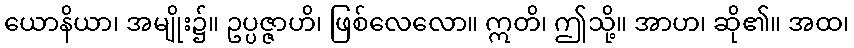
ယောနိယာ၊ အမျိုး၌။ ဥပ္ပဇ္ဇာဟိ၊ ဖြစ်လေလော။ ဣတိ၊ ဤသို့။ အာဟ၊ ဆို၏။ အထ၊